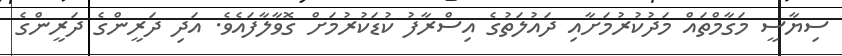
ސިޔާސީ މަގާމްތައް މަދުކުރުމަށާއި ދައުލަތުގެ އިސްރާފު ކުޑަކުރުމަށް ގޮވާލާފައެވެ. އަދި ދަރީންގެ ދަރީންގެ